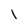
Character: l